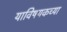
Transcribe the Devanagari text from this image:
याविषयकच्या